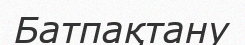
Батпақтану